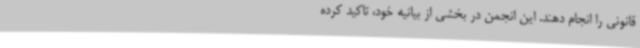
قانونی را انجام دهند. این انجمن در بخشی از بیانیه خود، تاکید کرده